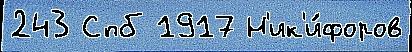
243 Спб 1917 Н'ик'и́форов